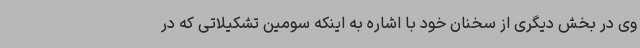
وی در بخش دیگری از سخنان خود با اشاره به اینکه سومین تشکیلاتی که در